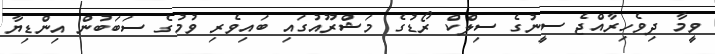
ވީމާ ދިވެހިރާއްޖެ ސީނުގެ ސިލްކް ރޯޑުގެ މަޝްރޫއުގައި ބައިވެރި ވުމުގެ ސަބަބުން އިންޑިޔާ